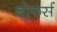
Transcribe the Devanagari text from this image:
बोफर्स